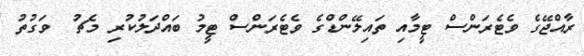
ރާއްޖޭގެ ވެޓެރަންސް ޓީމާއި ތައިލޭންޑްގެ ވެޓެރަންސް ޓީމު ބައްދަލުކުރި މެޗު  ވަގުތު